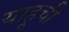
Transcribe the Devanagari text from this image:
याहूची